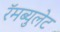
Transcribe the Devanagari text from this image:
रॅमब्युलेट